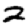
Digit: 2